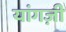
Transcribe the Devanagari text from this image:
यांगज़ी